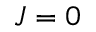
J = 0